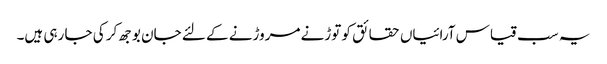
یہ سب قیاس آرائیاں حقائق کو توڑنے مروڑنے کے لئے جان بوجھ کر کی جا رہی ہیں۔